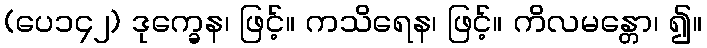
(ပေ၁၄၂) ဒုက္ခေန၊ ဖြင့်။ ကသိရေန၊ ဖြင့်။ ကိလမန္တော၊ ၍။